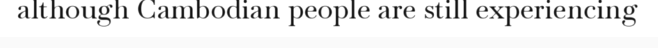
although Cambodian people are still experiencing